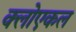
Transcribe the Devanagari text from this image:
क्लोएकल